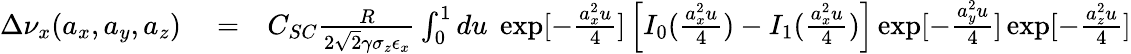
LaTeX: \begin{array}{rlr}{\Delta\nu_{x}(a_{x},a_{y},a_{z})}&{{}=}&{C_{SC}\frac{R}{2\sqrt{2}\gamma\sigma_{z}\epsilon_{x}}\int_{0}^{1}du\; \exp[-\frac{a_{x}^{2}u}{4}]\left[I_{0}(\frac{a_{x}^{2}u}{4})-I_{1}(\frac{a_{x}^{2}u}{4})\right]\exp[-\frac{a_{y}^{2}u}{4}]\exp[-\frac{a_{z}^{2}u}{4}]}\end{array}